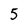
Character: 5